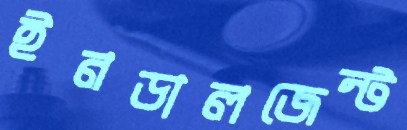
ইনডালজেন্ট